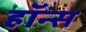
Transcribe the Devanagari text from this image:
हॉन्स